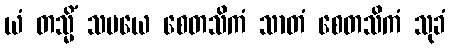
ယံ တသ္မိံ သမယေ စေတသိကံ သာတံ စေတသိကံ သုခံ